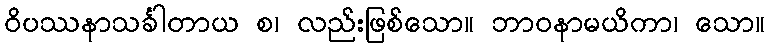
ဝိပဿနာသင်္ခါတာယ စ၊ လည်းဖြစ်သော။ ဘာဝနာမယိကာ၊ သော။